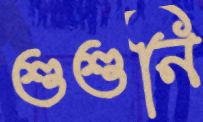
শুশুনি